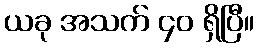
ယခု အသက် ၄၀ ရှိပြီ။